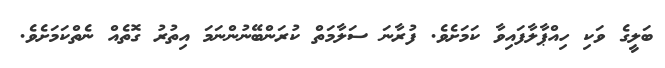
ބަލީގެ ވަކި ހިއްޕާލާފައިވާ ކަމަށެވެ. ފުރާނަ ސަލާމަތް ކުރަންބޭނުންނަމަ އިތުރު ގޮތެއް ނެތްކަމަށެވެ.